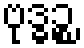
ဗုဒ္ဓဉ္စ